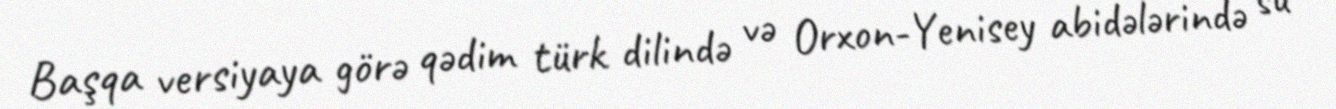
Başqa versiyaya görə qədim türk dilində və Orxon-Yenisey abidələrində su